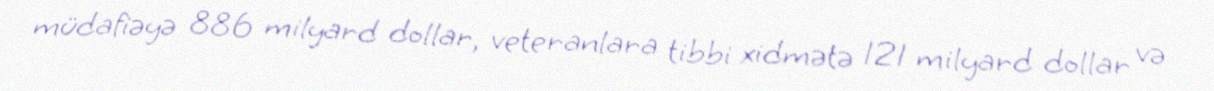
müdafiəyə 886 milyard dollar, veteranlara tibbi xidmətə 121 milyard dollar və